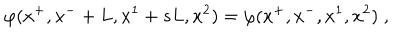
\varphi ( x ^ { + } , x ^ { - } + L , x ^ { 1 } + s L , x ^ { 2 } ) = \varphi ( x ^ { + } , x ^ { - } , x ^ { 1 } , x ^ { 2 } ) \; ,